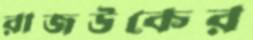
রাজউকের